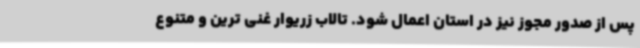
پس از صدور مجوز نیز در استان اعمال شود. تالاب زریوار غنی ترین و متنوع